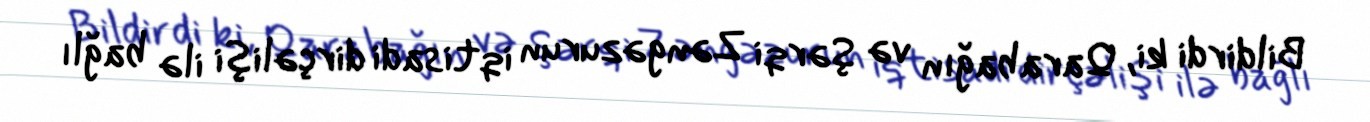
Bildirdi ki, Qarabağın və Şərqi Zəngəzurun iqtisadi dirçəlişi ilə bağlı